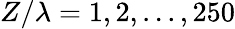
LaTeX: Z/\lambda=1,2,...,250